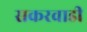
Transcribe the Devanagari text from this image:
सकरवाडी